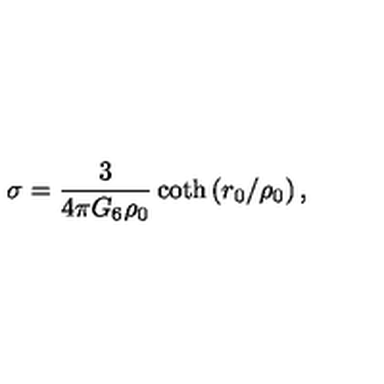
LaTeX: \sigma = \frac { 3 } { 4 \pi G _ { 6 } \rho _ { 0 } } \coth \left( r _ { 0 } / \rho _ { 0 } \right) ,